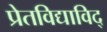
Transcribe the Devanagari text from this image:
प्रेतविद्याविद्